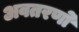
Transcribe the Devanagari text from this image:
अवतरणो